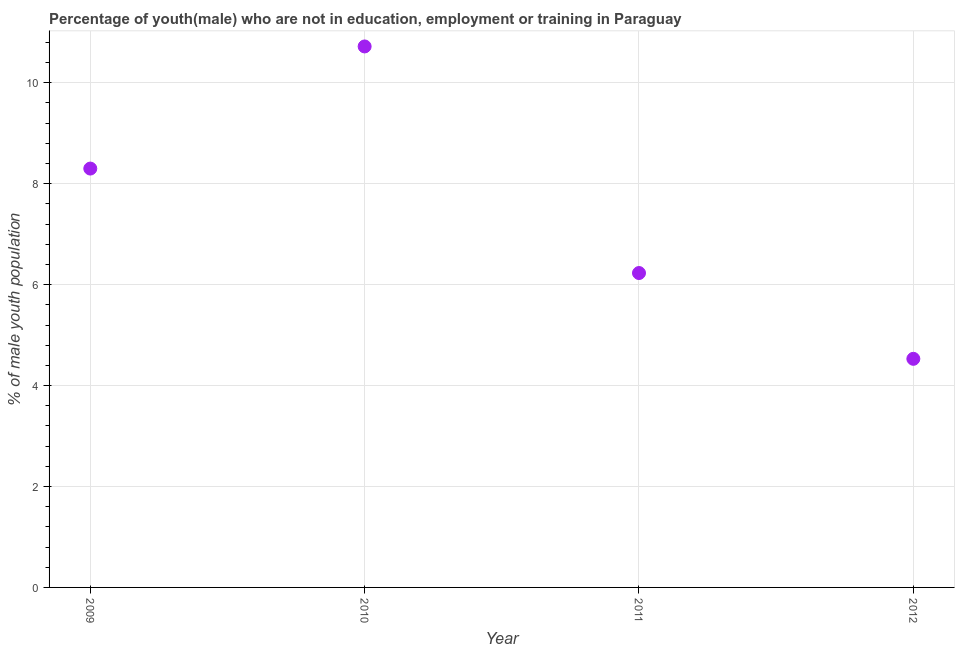
| Year | Unemployed(male) |
 | --- | --- |
 | 2009 | 8.3 |
 | 2010 | 10.7 |
 | 2011 | 6.23 |
 | 2012 | 4.53 |